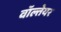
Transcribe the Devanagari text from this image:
वॉल्तेयर